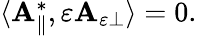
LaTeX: \begin{array}{r}{\langle\mathbf{A}_{\parallel}^{*},\varepsilon\mathbf{A}_{\varepsilon\perp}\rangle=0.}\end{array}